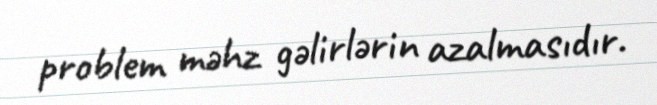
problem məhz gəlirlərin azalmasıdır.